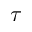
\tau